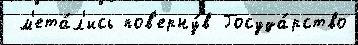
 м'ета́л'ись пов'ерну́в Госуда́рство